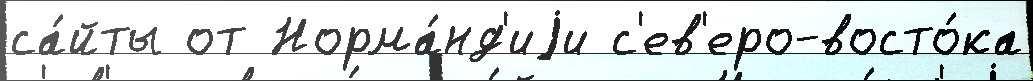
са́йты от Норма́нд'иjи с'ев'еро-восто́ка